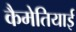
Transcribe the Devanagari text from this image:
कैमेतियाई